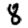
Digit: 8